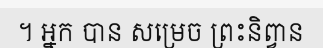
។ អ្នក បាន សម្រេច ព្រះនិព្វាន